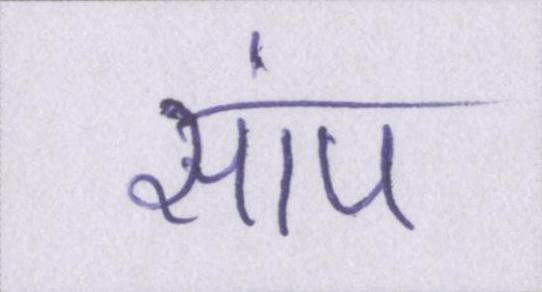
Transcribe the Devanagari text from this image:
सांप